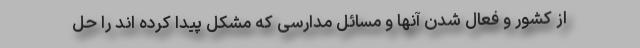
از کشور و فعال شدن آنها و مسائل مدارسی که مشکل پیدا کرده اند را حل